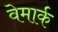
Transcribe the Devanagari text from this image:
वेमार्क